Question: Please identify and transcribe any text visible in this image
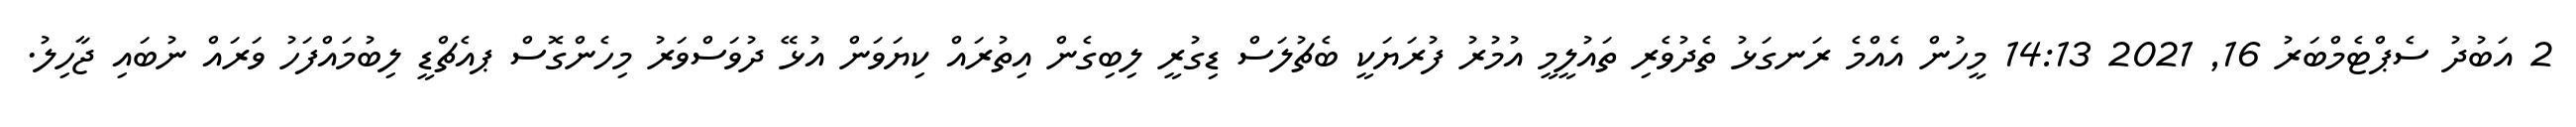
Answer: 2 އަބުދު ސެޕްޓެމްބަރު 16, 2021 14:13 މީހުން އެއްމެ ރަނގަޅު ތެދުވެރި ތައުލީމީ އުމުރު ފުރަޔަކީ ބެޗުލަސް ޑިގުރީ ލިބިގެން އިތުރައް ކިޔަވަން އުޅޭ ދުވަސްވަރު މިހެންގޮސް ޕއެޗްޑީ ލިބުމައްފަހު ވަރައް ނުބައި ޖާހިލު.